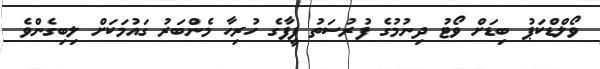
ވޯލްޑްކަޕު ބިޑަށް ވޯޓު ދިނުމުގެ ފުރުސަތު ފީފާގެ ހުރިހާ މެންބަރު ގައުމަކަށް ލިބިގެންވެ